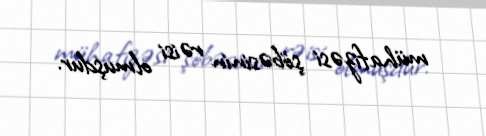
mühafizəsi şöbəsinin rəisi olmuşdur.